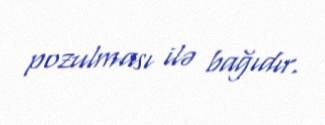
pozulması ilə bağıdır.